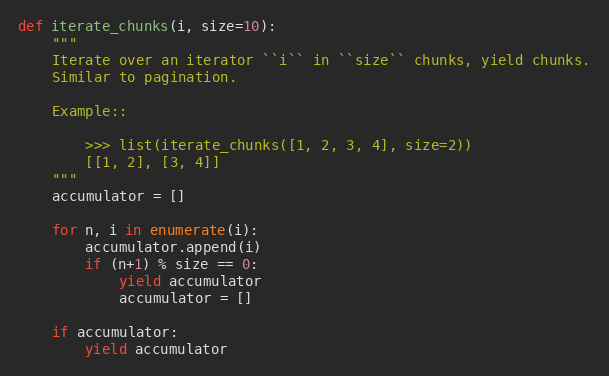
Language: Python
def iterate_chunks(i, size=10):
    """
    Iterate over an iterator ``i`` in ``size`` chunks, yield chunks.
    Similar to pagination.

    Example::

        >>> list(iterate_chunks([1, 2, 3, 4], size=2))
        [[1, 2], [3, 4]]
    """
    accumulator = []

    for n, i in enumerate(i):
        accumulator.append(i)
        if (n+1) % size == 0:
            yield accumulator
            accumulator = []

    if accumulator:
        yield accumulator